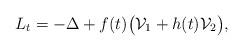
LaTeX: \begin{align*}L_t=-\Delta+f(t)\big(\mathcal{V}_1+h(t)\mathcal{V}_2\big),\end{align*}